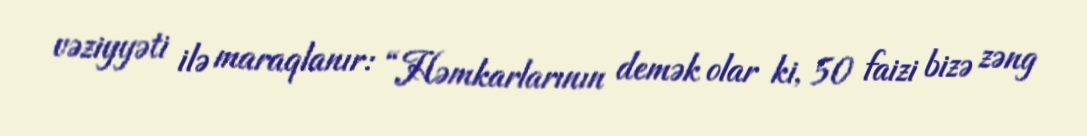
vəziyyəti ilə maraqlanır: “Həmkarlarının demək olar ki, 50 faizi bizə zəng